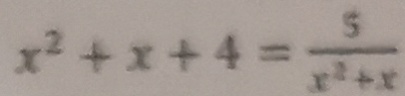
x ^ { 2 } + x + 4 = \frac { 5 } { x ^ { 2 } + x }